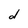
Character: d